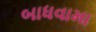
બાધવામા